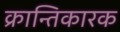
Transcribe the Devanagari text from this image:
क्रान्तिकारक